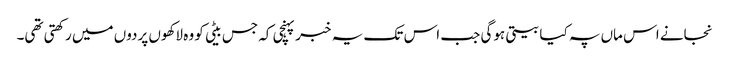
نجانے اس ماں پہ کیا بیتی ہوگی جب اس تک یہ خبر پہنچی کہ جس بیٹی کو وہ لاکھوں پردوں میں رکھتی تھی۔